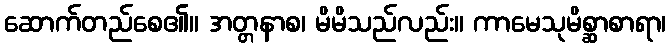
ဆောက်တည်စေ၏။ အတ္တနာစ၊ မိမိသည်လည်း။ ကာမေသုမိစ္ဆာစာရာ၊